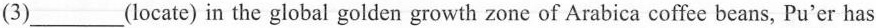
(3)___(locate) in the global golden growth zone of Arabica coffee beans, Pu'er has